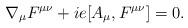
LaTeX: \begin{align*}\nabla_{\mu}F^{\mu\nu}+ie[A_{\mu},F^{\mu\nu}]=0.\end{align*}